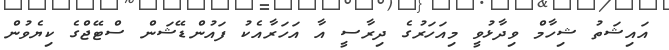
އައިޝަތު ޝިހާމް ވިދާޅުވީ މިއަހަރުގެ ދިރާސީ އާ އަހަރާއެކު ފައުންޑޭޝަން ސްޓޭޖްގެ ކިޔެވުން